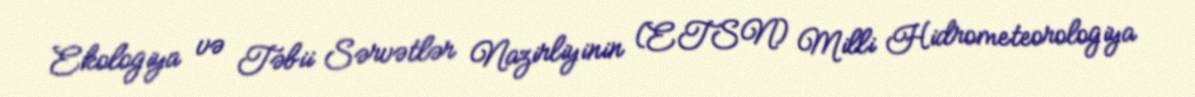
Ekologiya və Təbii Sərvətlər Nazirliyinin (ETSN) Milli Hidrometeorologiya